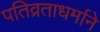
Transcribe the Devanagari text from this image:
पतिव्रताधर्माने